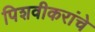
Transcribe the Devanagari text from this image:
पिशवीकरांचे